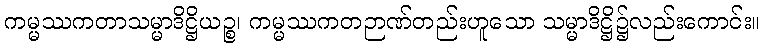
ကမ္မဿကတာသမ္မာဒိဋ္ဌိယဉ္စ၊ ကမ္မဿကတဉာဏ်တည်းဟူသော သမ္မာဒိဋ္ဌိ၌လည်းကောင်း။